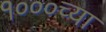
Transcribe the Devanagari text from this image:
१०००च्या